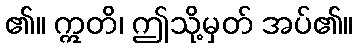
၏။ ဣတိ၊ ဤသို့မှတ် အပ်၏။